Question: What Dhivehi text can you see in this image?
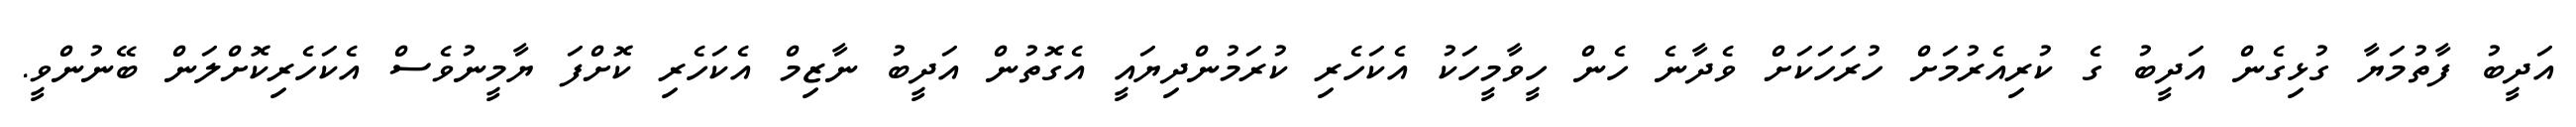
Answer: އަދީބު ފާތުމަޔާ ގުޅިގެން އަދީބު ގެ ކުރިއެރުމަށް ހުރަހަކަށް ވެދާނެ ހެން ހީވާމީހަކު އެކަހެރި ކުރަމުންދިޔައީ އެގޮތުން އަދީބު ނާޒިމް އެކަހެރި ކޮށްފަ ޔާމީނުވެސް އެކަހެރިކޮށްލަން ބޭނުންވީ.